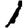
Digit: 1